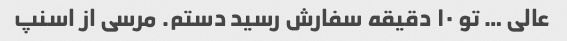
عالی … تو ۱۰ دقیقه سفارش رسید دستم. مرسی از اسنپ